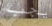
يجب